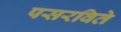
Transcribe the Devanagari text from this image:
पसरविते